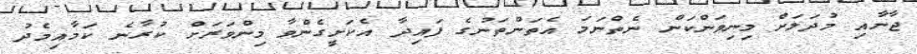
ޖާނާއި މުދަލަށް މިނިވަންކަން ނެތްނަމަ އެތަންތަނުގެ ފައިދާ އެކަށީގެންވާ މިންވަރަށް ކުރާނެ ކަމާއިމެދު